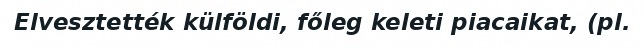
Elvesztették külföldi, főleg keleti piacaikat, (pl.